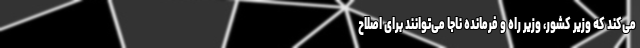
می‌کند که وزیر کشور، وزیر راه و فرمانده ناجا می‌توانند برای اصلاح